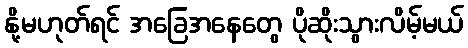
နို့မဟုတ်ရင် အခြေအနေတွေ ပိုဆိုးသွားလိမ့်မယ်